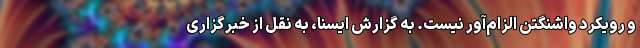
و رویکرد واشنگتن الزام‌آور نیست. به گزارش ایسنا، به نقل از خبرگزاری